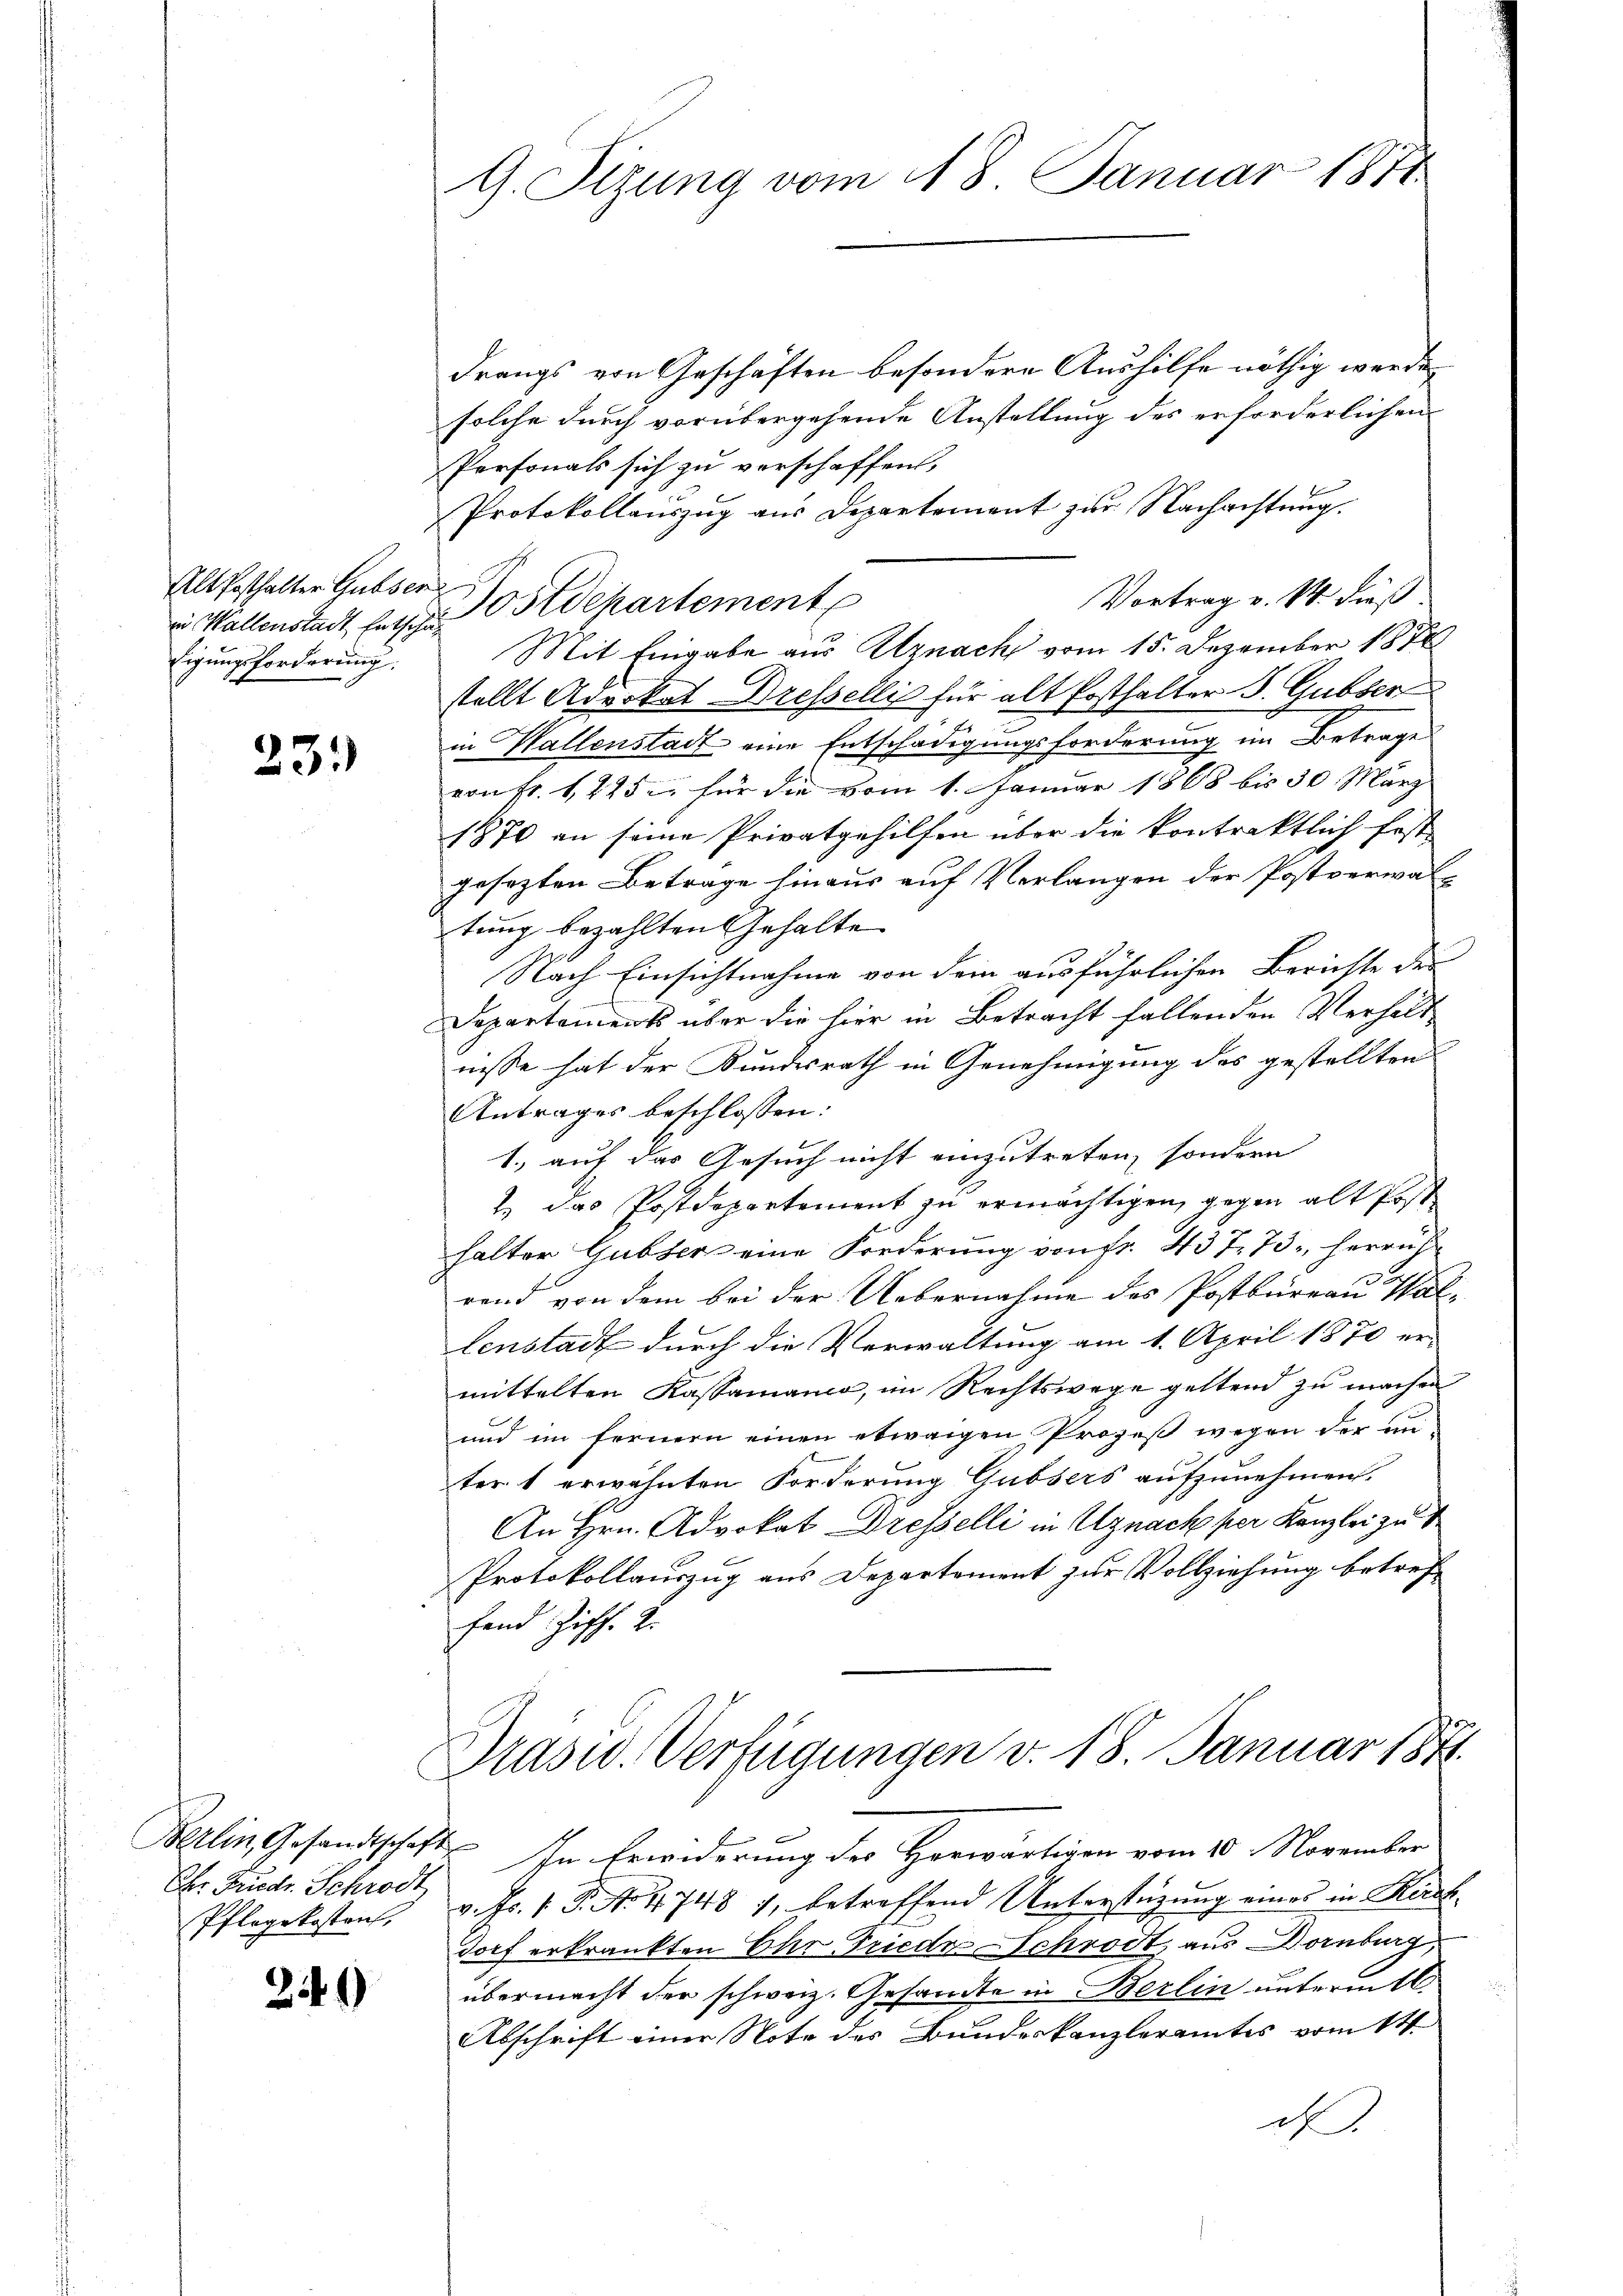
Alt Posthalter Gubser
Eigungsforderung.

23.)

Ehr Friedr. Schrödt
Pflegekostens,

249)

G. Sizung vom 18. Januar 1871

drangs von Geschäften besondere Aushilfe nöthig werde,
solche durch vorübergehende Anstellung des erforderlichen
Personals sich zu verschaffen,
Protokollauszug aus Departement zur Nachachtung.
Vortrag v. M. dieß
in Wallenstadt Entsche Ostdepartement
Mit Eingabe aus Uznach vom 15. Dezember 1878
stellt Advokat Dressellis für alt Posthalter S. Gubser
in Wallenstadt eine Entschädigungsforderung im Betrage
von Fr. 1425 u. für die vom 1. Januar 1868 bis 30. März
1870 an seine Privatgehilfen über die kontraktlich festgesezten Betrage hinaus auf Verlangen der Postverwaltung bezahlten Gehalte
Nach Einsichtnahme von dem ausführlichen Berichte der
Departaments über die hier in Betracht fallenden Verhältnisse hat der Kundesrath in Genehmigung des gestellten
Antrages beschlossen:
1., auf das Gesuch nicht einzutreten, sondern
2 das Postdepartement zu ermächtigen, gegen alt Post
halter Gubler eine Forderung von fr. 437. 73, herrich
rend von dem bei der Uebernahme des Postbureau Wallenstadt durch die Verwaltung am 1. April 1870 er-
mittelten Kassamann, im Rechtswege geltend zu machen
und im fernern einen etwaigen Prozeß wegen der unter 1 erwähnten Forderung Gubsers aufzunehmen.
An Hrn. Advokat Dresselli in Uznach per Kanzlei zu t
Protokollauszug aus Departement zur Vollziehung betreffand Ziff. 2.
Prasw. Verfügungen v. 18. Januar 1871
Berlin, Gesandtschaft. In Erwiderung der Horwärtigen vom 10. November
v. Fr. 1 S. No 4748 7, betreffend Unterstüzung eines in Rück¬
Dorf erkränkten Ehr Friede-Schrödt, aus Dornburg,
übermacht der schweiz. Gesandte in Berlin untermitt
Abschrift einer Note des Bundeskanzleramtes vom 14.
d